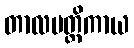
တာလပတ္တိကာယ